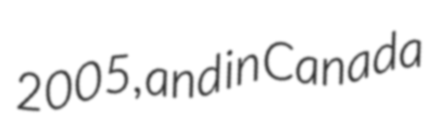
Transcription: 2005, and in Canada